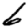
Digit: 6